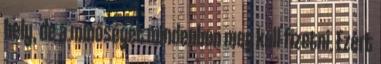
hely, de a minőséget mindenben meg kell fizetni. Ezért